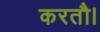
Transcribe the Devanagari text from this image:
करतौ।